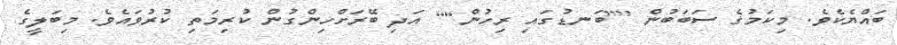
ބައްޔެކެވެ. މިކަމުގެ ސަބަބުން [[ބަނޑުގައި ރިހުން]] އަދި ބޭރަށްހިންގުން ކުރިމަތި ކުރުވައެވެ. މިބަލީގެ